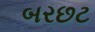
બરછટ